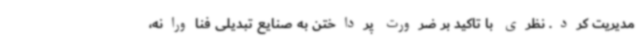
مدیریت کرد. نظری با تاکید بر ضرورت پرداختن به صنایع تبدیلی فناورانه،